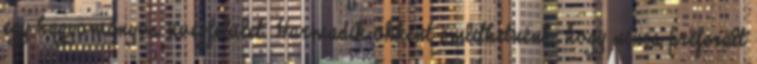
egy hagyományos üvegfelület. Harmadik okként említhetnénk, hogy nincs preferált